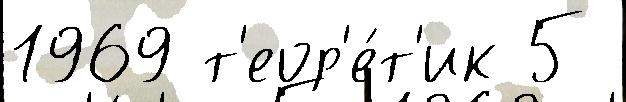
1969 т'еор'е́т'ик 5